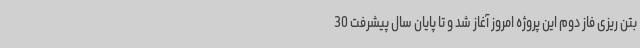
بتن ریزی فاز دوم این پروژه امروز آغاز شد و تا پایان سال پیشرفت 30